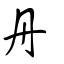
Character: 丹